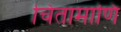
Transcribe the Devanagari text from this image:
चिंतामाणि